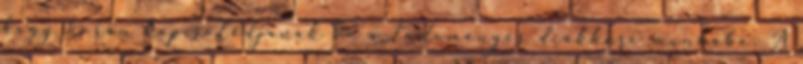
hogy korán kapcsolódjanak be a tudományos diákköri munkába. A